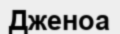
Дженоа